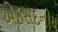
એકસદનીય